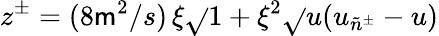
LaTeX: z^{\pm}=(8\mathsf{m}^{2}/s)\, \xi\sqrt{}{{1+\xi^{2}}}\sqrt{}{{u(u_{\tilde{{n}}^{\pm}}-u)}}